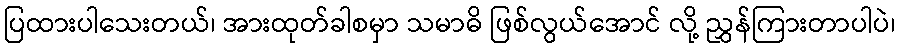
ပြထားပါသေးတယ်၊ အားထုတ်ခါစမှာ သမာဓိ ဖြစ်လွယ်အောင် လို့ ညွှန်ကြားတာပါပဲ၊